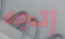
إتجه